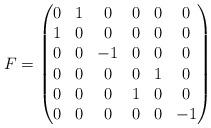
LaTeX: \begin{align*} F=\begin{pmatrix} 0 & 1 & 0 & 0 & 0 & 0\\ 1 & 0 & 0 & 0 & 0 & 0\\ 0 & 0 & -1 & 0 & 0 & 0\\ 0 & 0 & 0 & 0 & 1 & 0\\ 0 & 0 & 0 & 1 & 0 & 0\\ 0 & 0 & 0 & 0 & 0 & -1 \end{pmatrix}\end{align*}